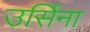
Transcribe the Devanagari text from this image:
उर्सिना